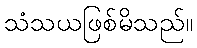
သံသယဖြစ်မိသည်။